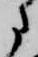
に